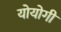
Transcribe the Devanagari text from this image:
योयोगी